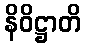
နိဝိဋ္ဌာတိ